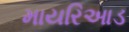
માયરિઆડ